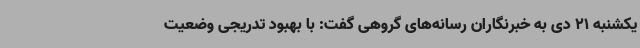
یکشنبه 21 دی به خبرنگاران رسانه‌های گروهی گفت: با بهبود تدریجی وضعیت